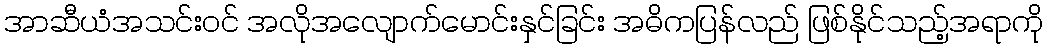
အာဆီယံအသင်းဝင် အလိုအလျောက်မောင်းနှင်ခြင်း အဓိကပြန်လည် ဖြစ်နိုင်သည့်အရာကို